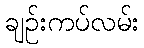
ချဉ်းကပ်လမ်း